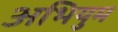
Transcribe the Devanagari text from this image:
अभियुम